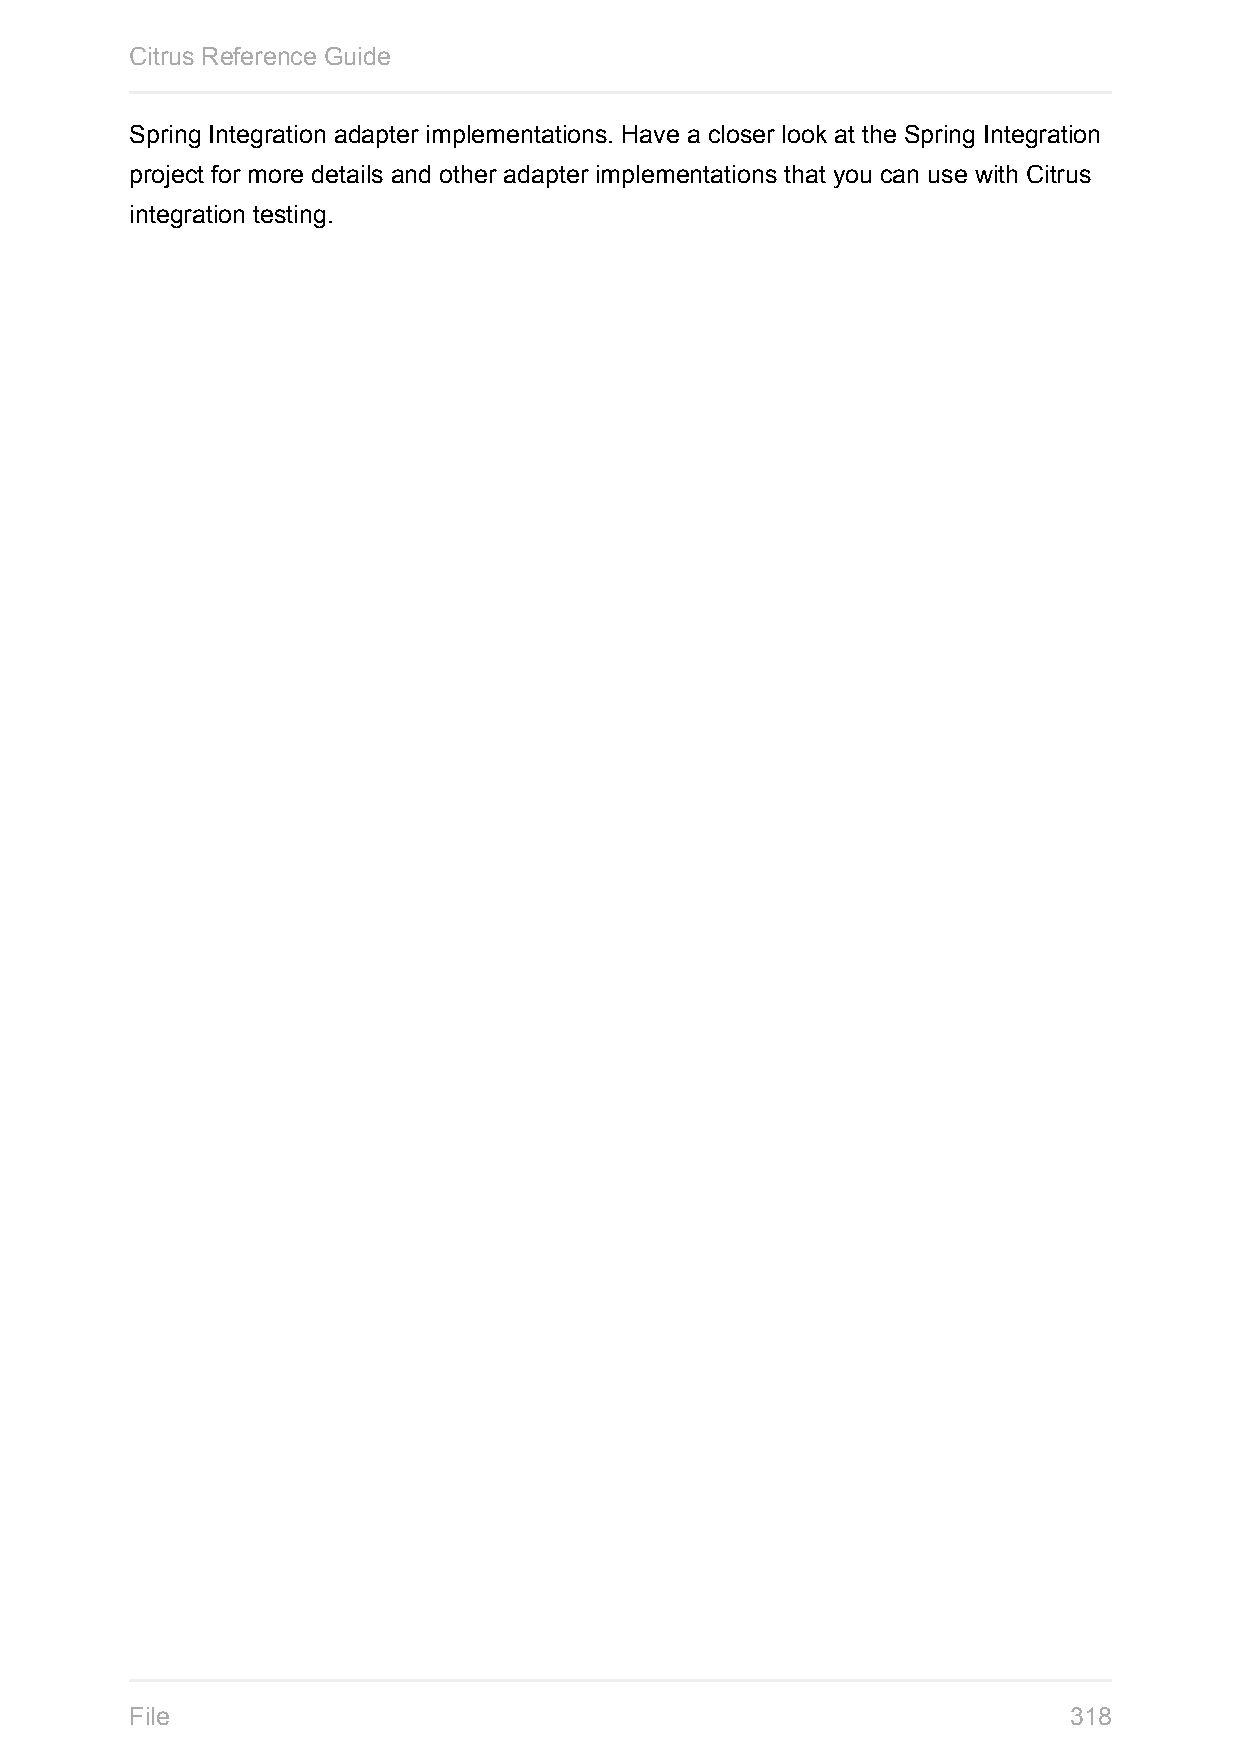
Citrus Reference Guide
 Spring Integration adapter implementations. Have a closer look at the Spring Integration
 project for more details and other adapter implementations that you can use with Citrus
 integration testing.
 File                                                          318